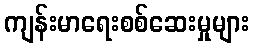
ကျန်းမာရေးစစ်ဆေးမှုများ